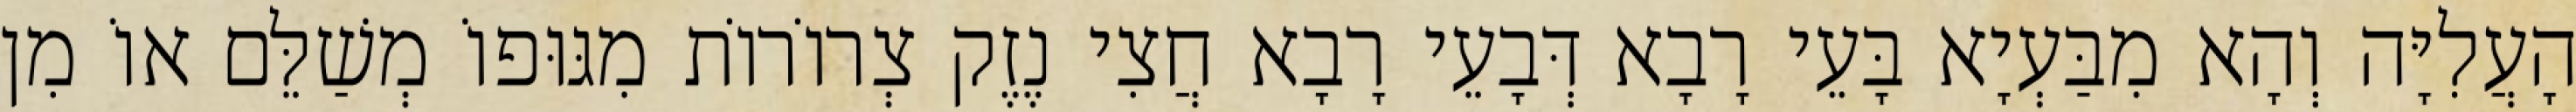
הָעֲלִיָּה וְהָא מִבַּעְיָא בָּעֵי רָבָא דְּבָעֵי רָבָא חֲצִי נֶזֶק צְרוֹרוֹת מִגּוּפוֹ מְשַׁלֵּם אוֹ מִן